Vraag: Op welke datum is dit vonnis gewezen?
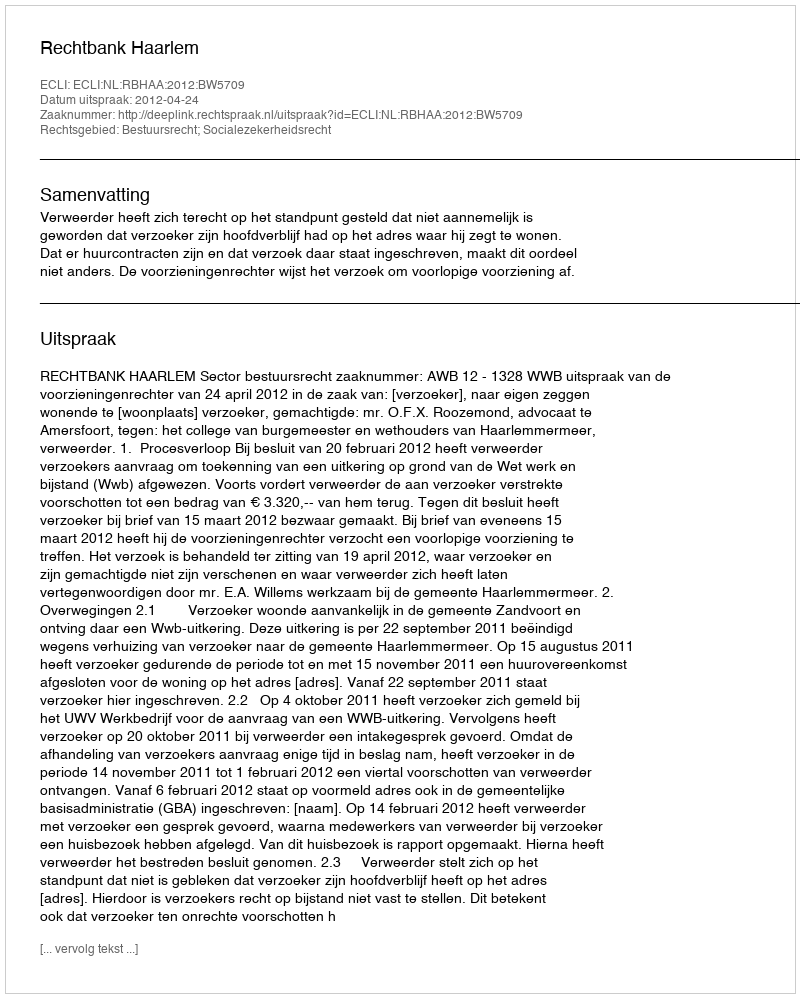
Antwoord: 2012-04-24